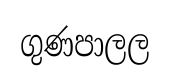
ගුණපාලල